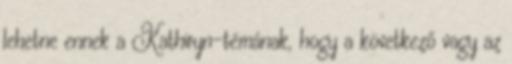
lehetne ennek a Kathiryn-témának, hogy a következő vagy az